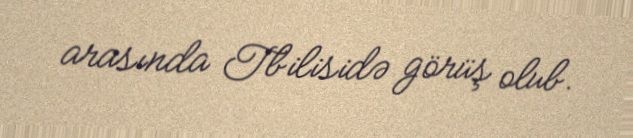
arasında Tbilisidə görüş olub.